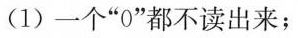
(1)一个”0”都不读出来；